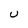
Character: U